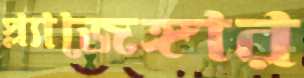
স্ল্যাজেঙ্গার